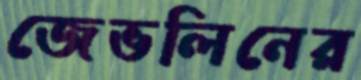
জেভলিনের